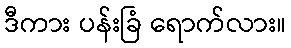
ဒီကား ပန်းခြံ ရောက်လား။